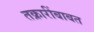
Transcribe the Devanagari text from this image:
तक्रारींबाबत